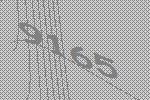
9165